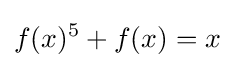
f(x)^{5}+f(x)=x